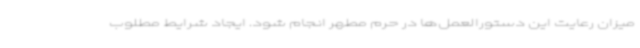
میزان رعایت این دستورالعمل‌ها در حرم مطهر انجام شود. ایجاد شرایط مطلوب